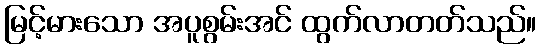
မြင့်မားသော အပူစွမ်းအင် ထွက်လာတတ်သည်။